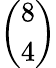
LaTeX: \left(\begin{array}{l}{8}\\ {4}\end{array}\right)